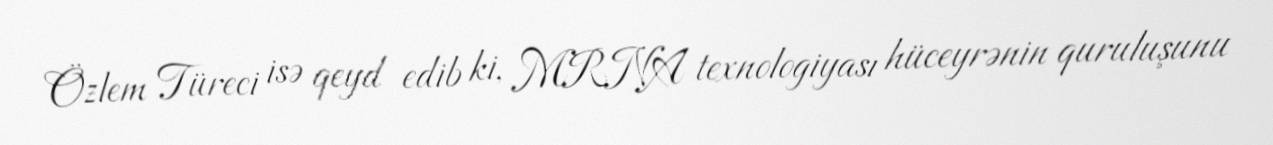
Özlem Türeci isə qeyd edib ki, MRNA texnologiyası hüceyrənin quruluşunu